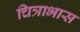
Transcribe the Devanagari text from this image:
चित्राभास